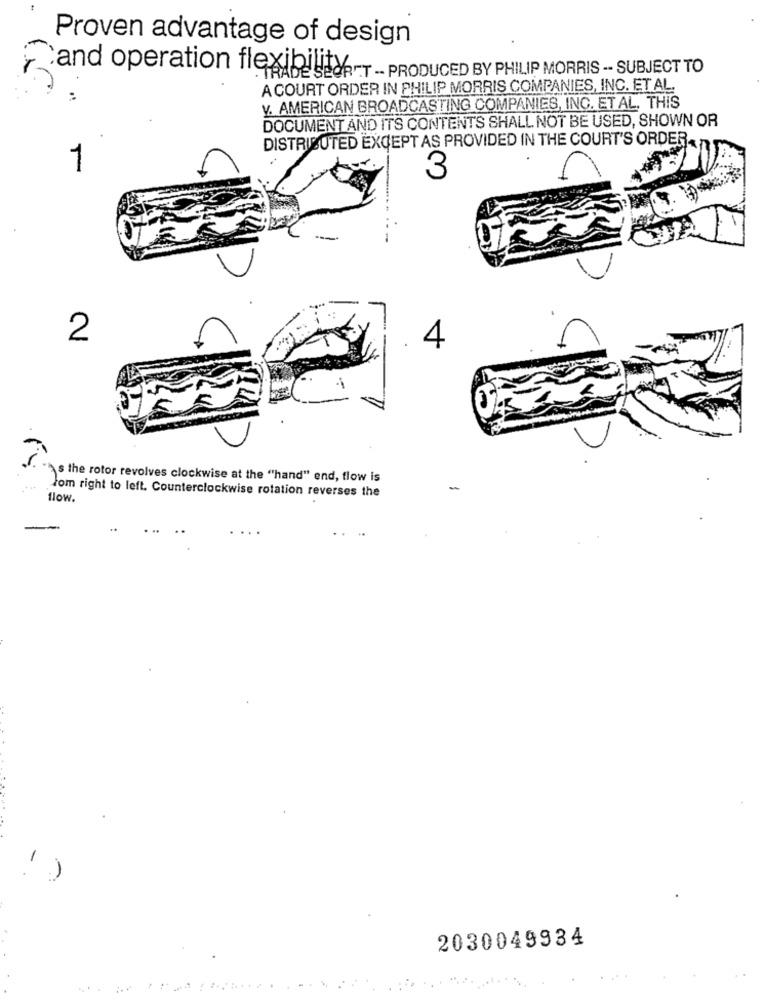
Proven advantage of design
and operation flexibled.T - PRODUCED BY PHILIP MORRIS -- SUBJECT TO
A COURT ORDER IN PHILIP MORRIS COMPANIES, INC. ET AL.
y. AMERICAN BROADCASTING COMPANIES, INC. ET AL. THIS
DOCUMENT AND ITS CONTENTS SHALL NOT BE USED, SHOWN OR
DISTRIBUTED EXCEPT AS PROVIDED IN THE COURT'S ORDER.
1
3
2
4
** s the rotor revolves clockwise at the "hand" end, flow is
flow.
lom right to left. Counterclockwise rotation reverses the
-
2030049934